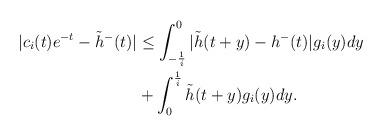
LaTeX: \begin{align*}|c_i(t)e^{-t}-\tilde{h}^{-}(t)|&\le \int_{-\frac{1}{i}}^0|\tilde{h}(t+y)-h^{-}(t)|g_i(y)dy\\&+\int_{0}^{\frac{1}{i}}\tilde{h}(t+y)g_i(y)dy.\end{align*}